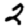
Digit: 2